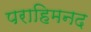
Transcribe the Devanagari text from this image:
पराहिमनद